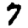
Digit: 7